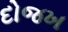
દોજખ